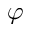
\varphi